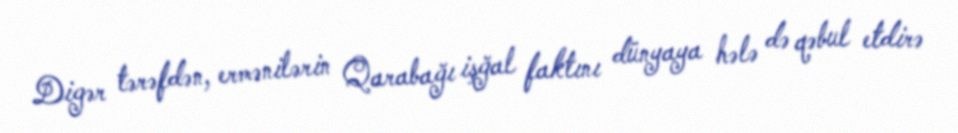
Digər tərəfdən, ermənilərin Qarabağı işğal faktını dünyaya hələ də qəbul etdirə